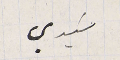
سَيدي